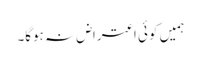
ہمیں کوئی اعتراض نہ ہوگا۔